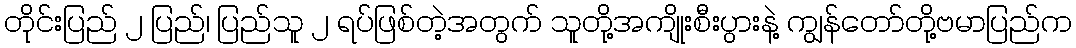
တိုင်းပြည် ၂ ပြည်၊ ပြည်သူ ၂ ရပ်ဖြစ်တဲ့အတွက် သူတို့အကျိုးစီးပွားနဲ့ ကျွန်တော်တို့ဗမာပြည်က